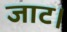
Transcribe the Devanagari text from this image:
जाट।